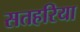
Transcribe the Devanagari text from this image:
सतहरिया